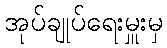
အုပ်ချုပ်ရေးမှူးမှ